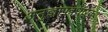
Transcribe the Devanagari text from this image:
अनुज्ञापत्रधारक